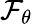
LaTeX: \mathcal{F}_{\theta}